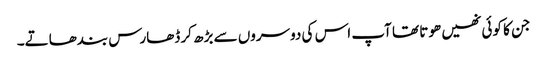
جن کا کوئی نھیں ھوتا تھا آپ اس کی دوسروں سے بڑھ کر ڈھارس بندھاتے۔